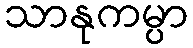
သာနုကမ္ပာ